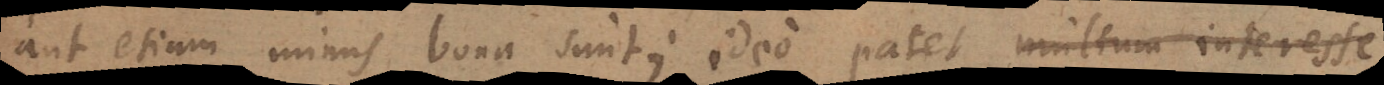
aut etiam minus bona sunt; ideo patet multum interesse,